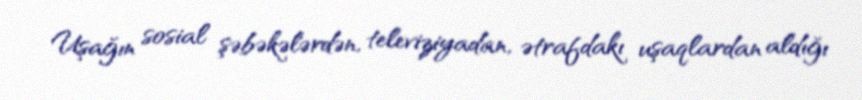
Uşağın sosial şəbəkələrdən, televiziyadan, ətrafdakı uşaqlardan aldığı